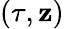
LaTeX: (\tau,\mathbf{z})